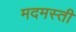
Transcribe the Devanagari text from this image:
मदमस्ती